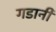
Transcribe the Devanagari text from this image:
गडानी